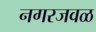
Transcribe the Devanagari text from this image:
नगरजवळ